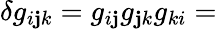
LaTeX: \delta{}g_{i\mathbf{j}k}=g_{i\mathbf{j}}g_{\mathbf{j}k}g_{ki}=